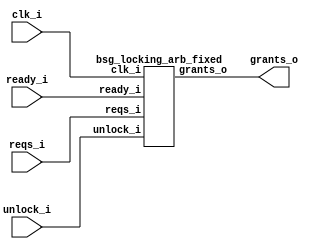


module top
(
  clk_i,
  ready_i,
  unlock_i,
  reqs_i,
  grants_o
);

  input [15:0] reqs_i;
  output [15:0] grants_o;
  input clk_i;
  input ready_i;
  input unlock_i;

  bsg_locking_arb_fixed
  wrapper
  (
    .reqs_i(reqs_i),
    .grants_o(grants_o),
    .clk_i(clk_i),
    .ready_i(ready_i),
    .unlock_i(unlock_i)
  );


endmodule



module bsg_dff_reset_en_width_p16
(
  clk_i,
  reset_i,
  en_i,
  data_i,
  data_o
);

  input [15:0] data_i;
  output [15:0] data_o;
  input clk_i;
  input reset_i;
  input en_i;
  wire N0,N1,N2,N3,N4,N5,N6,N7,N8,N9,N10,N11,N12,N13,N14,N15,N16,N17,N18,N19,N20,N21;
  reg [15:0] data_o;
  assign N3 = (N0)? 1'b1 : 
              (N21)? 1'b1 : 
              (N2)? 1'b0 : 1'b0;
  assign N0 = reset_i;
  assign { N19, N18, N17, N16, N15, N14, N13, N12, N11, N10, N9, N8, N7, N6, N5, N4 } = (N0)? { 1'b0, 1'b0, 1'b0, 1'b0, 1'b0, 1'b0, 1'b0, 1'b0, 1'b0, 1'b0, 1'b0, 1'b0, 1'b0, 1'b0, 1'b0, 1'b0 } : 
                                                                                        (N21)? data_i : 1'b0;
  assign N1 = en_i | reset_i;
  assign N2 = ~N1;
  assign N20 = ~reset_i;
  assign N21 = en_i & N20;

  always @(posedge clk_i) begin
    if(N3) begin
      { data_o[15:0] } <= { N19, N18, N17, N16, N15, N14, N13, N12, N11, N10, N9, N8, N7, N6, N5, N4 };
    end 
  end


endmodule



module bsg_scan_width_p16_or_p1_lo_to_hi_p0
(
  i,
  o
);

  input [15:0] i;
  output [15:0] o;
  wire [15:0] o;
  wire t_3__15_,t_3__14_,t_3__13_,t_3__12_,t_3__11_,t_3__10_,t_3__9_,t_3__8_,t_3__7_,
  t_3__6_,t_3__5_,t_3__4_,t_3__3_,t_3__2_,t_3__1_,t_3__0_,t_2__15_,t_2__14_,
  t_2__13_,t_2__12_,t_2__11_,t_2__10_,t_2__9_,t_2__8_,t_2__7_,t_2__6_,t_2__5_,t_2__4_,
  t_2__3_,t_2__2_,t_2__1_,t_2__0_,t_1__15_,t_1__14_,t_1__13_,t_1__12_,t_1__11_,
  t_1__10_,t_1__9_,t_1__8_,t_1__7_,t_1__6_,t_1__5_,t_1__4_,t_1__3_,t_1__2_,t_1__1_,
  t_1__0_;
  assign t_1__15_ = i[15] | 1'b0;
  assign t_1__14_ = i[14] | i[15];
  assign t_1__13_ = i[13] | i[14];
  assign t_1__12_ = i[12] | i[13];
  assign t_1__11_ = i[11] | i[12];
  assign t_1__10_ = i[10] | i[11];
  assign t_1__9_ = i[9] | i[10];
  assign t_1__8_ = i[8] | i[9];
  assign t_1__7_ = i[7] | i[8];
  assign t_1__6_ = i[6] | i[7];
  assign t_1__5_ = i[5] | i[6];
  assign t_1__4_ = i[4] | i[5];
  assign t_1__3_ = i[3] | i[4];
  assign t_1__2_ = i[2] | i[3];
  assign t_1__1_ = i[1] | i[2];
  assign t_1__0_ = i[0] | i[1];
  assign t_2__15_ = t_1__15_ | 1'b0;
  assign t_2__14_ = t_1__14_ | 1'b0;
  assign t_2__13_ = t_1__13_ | t_1__15_;
  assign t_2__12_ = t_1__12_ | t_1__14_;
  assign t_2__11_ = t_1__11_ | t_1__13_;
  assign t_2__10_ = t_1__10_ | t_1__12_;
  assign t_2__9_ = t_1__9_ | t_1__11_;
  assign t_2__8_ = t_1__8_ | t_1__10_;
  assign t_2__7_ = t_1__7_ | t_1__9_;
  assign t_2__6_ = t_1__6_ | t_1__8_;
  assign t_2__5_ = t_1__5_ | t_1__7_;
  assign t_2__4_ = t_1__4_ | t_1__6_;
  assign t_2__3_ = t_1__3_ | t_1__5_;
  assign t_2__2_ = t_1__2_ | t_1__4_;
  assign t_2__1_ = t_1__1_ | t_1__3_;
  assign t_2__0_ = t_1__0_ | t_1__2_;
  assign t_3__15_ = t_2__15_ | 1'b0;
  assign t_3__14_ = t_2__14_ | 1'b0;
  assign t_3__13_ = t_2__13_ | 1'b0;
  assign t_3__12_ = t_2__12_ | 1'b0;
  assign t_3__11_ = t_2__11_ | t_2__15_;
  assign t_3__10_ = t_2__10_ | t_2__14_;
  assign t_3__9_ = t_2__9_ | t_2__13_;
  assign t_3__8_ = t_2__8_ | t_2__12_;
  assign t_3__7_ = t_2__7_ | t_2__11_;
  assign t_3__6_ = t_2__6_ | t_2__10_;
  assign t_3__5_ = t_2__5_ | t_2__9_;
  assign t_3__4_ = t_2__4_ | t_2__8_;
  assign t_3__3_ = t_2__3_ | t_2__7_;
  assign t_3__2_ = t_2__2_ | t_2__6_;
  assign t_3__1_ = t_2__1_ | t_2__5_;
  assign t_3__0_ = t_2__0_ | t_2__4_;
  assign o[15] = t_3__15_ | 1'b0;
  assign o[14] = t_3__14_ | 1'b0;
  assign o[13] = t_3__13_ | 1'b0;
  assign o[12] = t_3__12_ | 1'b0;
  assign o[11] = t_3__11_ | 1'b0;
  assign o[10] = t_3__10_ | 1'b0;
  assign o[9] = t_3__9_ | 1'b0;
  assign o[8] = t_3__8_ | 1'b0;
  assign o[7] = t_3__7_ | t_3__15_;
  assign o[6] = t_3__6_ | t_3__14_;
  assign o[5] = t_3__5_ | t_3__13_;
  assign o[4] = t_3__4_ | t_3__12_;
  assign o[3] = t_3__3_ | t_3__11_;
  assign o[2] = t_3__2_ | t_3__10_;
  assign o[1] = t_3__1_ | t_3__9_;
  assign o[0] = t_3__0_ | t_3__8_;

endmodule



module bsg_priority_encode_one_hot_out_width_p16_lo_to_hi_p0
(
  i,
  o
);

  input [15:0] i;
  output [15:0] o;
  wire [15:0] o;
  wire N0,N1,N2,N3,N4,N5,N6,N7,N8,N9,N10,N11,N12,N13,N14;
  wire [14:0] scan_lo;

  bsg_scan_width_p16_or_p1_lo_to_hi_p0
  genblk1_scan
  (
    .i(i),
    .o({ o[15:15], scan_lo })
  );

  assign o[14] = scan_lo[14] & N0;
  assign N0 = ~o[15];
  assign o[13] = scan_lo[13] & N1;
  assign N1 = ~scan_lo[14];
  assign o[12] = scan_lo[12] & N2;
  assign N2 = ~scan_lo[13];
  assign o[11] = scan_lo[11] & N3;
  assign N3 = ~scan_lo[12];
  assign o[10] = scan_lo[10] & N4;
  assign N4 = ~scan_lo[11];
  assign o[9] = scan_lo[9] & N5;
  assign N5 = ~scan_lo[10];
  assign o[8] = scan_lo[8] & N6;
  assign N6 = ~scan_lo[9];
  assign o[7] = scan_lo[7] & N7;
  assign N7 = ~scan_lo[8];
  assign o[6] = scan_lo[6] & N8;
  assign N8 = ~scan_lo[7];
  assign o[5] = scan_lo[5] & N9;
  assign N9 = ~scan_lo[6];
  assign o[4] = scan_lo[4] & N10;
  assign N10 = ~scan_lo[5];
  assign o[3] = scan_lo[3] & N11;
  assign N11 = ~scan_lo[4];
  assign o[2] = scan_lo[2] & N12;
  assign N12 = ~scan_lo[3];
  assign o[1] = scan_lo[1] & N13;
  assign N13 = ~scan_lo[2];
  assign o[0] = scan_lo[0] & N14;
  assign N14 = ~scan_lo[1];

endmodule



module bsg_arb_fixed_inputs_p16_lo_to_hi_p0
(
  ready_i,
  reqs_i,
  grants_o
);

  input [15:0] reqs_i;
  output [15:0] grants_o;
  input ready_i;
  wire [15:0] grants_o,grants_unmasked_lo;

  bsg_priority_encode_one_hot_out_width_p16_lo_to_hi_p0
  enc
  (
    .i(reqs_i),
    .o(grants_unmasked_lo)
  );

  assign grants_o[15] = grants_unmasked_lo[15] & ready_i;
  assign grants_o[14] = grants_unmasked_lo[14] & ready_i;
  assign grants_o[13] = grants_unmasked_lo[13] & ready_i;
  assign grants_o[12] = grants_unmasked_lo[12] & ready_i;
  assign grants_o[11] = grants_unmasked_lo[11] & ready_i;
  assign grants_o[10] = grants_unmasked_lo[10] & ready_i;
  assign grants_o[9] = grants_unmasked_lo[9] & ready_i;
  assign grants_o[8] = grants_unmasked_lo[8] & ready_i;
  assign grants_o[7] = grants_unmasked_lo[7] & ready_i;
  assign grants_o[6] = grants_unmasked_lo[6] & ready_i;
  assign grants_o[5] = grants_unmasked_lo[5] & ready_i;
  assign grants_o[4] = grants_unmasked_lo[4] & ready_i;
  assign grants_o[3] = grants_unmasked_lo[3] & ready_i;
  assign grants_o[2] = grants_unmasked_lo[2] & ready_i;
  assign grants_o[1] = grants_unmasked_lo[1] & ready_i;
  assign grants_o[0] = grants_unmasked_lo[0] & ready_i;

endmodule



module bsg_locking_arb_fixed
(
  clk_i,
  ready_i,
  unlock_i,
  reqs_i,
  grants_o
);

  input [15:0] reqs_i;
  output [15:0] grants_o;
  input clk_i;
  input ready_i;
  input unlock_i;
  wire [15:0] grants_o,not_req_mask_r,req_mask_r;
  wire n_0_net_,n_1_net__15_,n_1_net__14_,n_1_net__13_,n_1_net__12_,n_1_net__11_,
  n_1_net__10_,n_1_net__9_,n_1_net__8_,n_1_net__7_,n_1_net__6_,n_1_net__5_,n_1_net__4_,
  n_1_net__3_,n_1_net__2_,n_1_net__1_,n_1_net__0_,n_2_net__15_,n_2_net__14_,
  n_2_net__13_,n_2_net__12_,n_2_net__11_,n_2_net__10_,n_2_net__9_,n_2_net__8_,
  n_2_net__7_,n_2_net__6_,n_2_net__5_,n_2_net__4_,n_2_net__3_,n_2_net__2_,n_2_net__1_,
  n_2_net__0_,N0,N1,N2,N3,N4,N5,N6,N7,N8,N9,N10,N11,N12,N13,N14,N15,N16,N17,N18,N19,N20,
  N21,N22,N23,N24,N25,N26,N27,N28,N29;

  bsg_dff_reset_en_width_p16
  req_words_reg
  (
    .clk_i(clk_i),
    .reset_i(unlock_i),
    .en_i(n_0_net_),
    .data_i({ n_1_net__15_, n_1_net__14_, n_1_net__13_, n_1_net__12_, n_1_net__11_, n_1_net__10_, n_1_net__9_, n_1_net__8_, n_1_net__7_, n_1_net__6_, n_1_net__5_, n_1_net__4_, n_1_net__3_, n_1_net__2_, n_1_net__1_, n_1_net__0_ }),
    .data_o(not_req_mask_r)
  );


  bsg_arb_fixed_inputs_p16_lo_to_hi_p0
  fixed_arb
  (
    .ready_i(ready_i),
    .reqs_i({ n_2_net__15_, n_2_net__14_, n_2_net__13_, n_2_net__12_, n_2_net__11_, n_2_net__10_, n_2_net__9_, n_2_net__8_, n_2_net__7_, n_2_net__6_, n_2_net__5_, n_2_net__4_, n_2_net__3_, n_2_net__2_, n_2_net__1_, n_2_net__0_ }),
    .grants_o(grants_o)
  );

  assign n_1_net__15_ = ~grants_o[15];
  assign n_1_net__14_ = ~grants_o[14];
  assign n_1_net__13_ = ~grants_o[13];
  assign n_1_net__12_ = ~grants_o[12];
  assign n_1_net__11_ = ~grants_o[11];
  assign n_1_net__10_ = ~grants_o[10];
  assign n_1_net__9_ = ~grants_o[9];
  assign n_1_net__8_ = ~grants_o[8];
  assign n_1_net__7_ = ~grants_o[7];
  assign n_1_net__6_ = ~grants_o[6];
  assign n_1_net__5_ = ~grants_o[5];
  assign n_1_net__4_ = ~grants_o[4];
  assign n_1_net__3_ = ~grants_o[3];
  assign n_1_net__2_ = ~grants_o[2];
  assign n_1_net__1_ = ~grants_o[1];
  assign n_1_net__0_ = ~grants_o[0];
  assign n_0_net_ = N14 & N29;
  assign N14 = N13 & req_mask_r[0];
  assign N13 = N12 & req_mask_r[1];
  assign N12 = N11 & req_mask_r[2];
  assign N11 = N10 & req_mask_r[3];
  assign N10 = N9 & req_mask_r[4];
  assign N9 = N8 & req_mask_r[5];
  assign N8 = N7 & req_mask_r[6];
  assign N7 = N6 & req_mask_r[7];
  assign N6 = N5 & req_mask_r[8];
  assign N5 = N4 & req_mask_r[9];
  assign N4 = N3 & req_mask_r[10];
  assign N3 = N2 & req_mask_r[11];
  assign N2 = N1 & req_mask_r[12];
  assign N1 = N0 & req_mask_r[13];
  assign N0 = req_mask_r[15] & req_mask_r[14];
  assign N29 = N28 | grants_o[0];
  assign N28 = N27 | grants_o[1];
  assign N27 = N26 | grants_o[2];
  assign N26 = N25 | grants_o[3];
  assign N25 = N24 | grants_o[4];
  assign N24 = N23 | grants_o[5];
  assign N23 = N22 | grants_o[6];
  assign N22 = N21 | grants_o[7];
  assign N21 = N20 | grants_o[8];
  assign N20 = N19 | grants_o[9];
  assign N19 = N18 | grants_o[10];
  assign N18 = N17 | grants_o[11];
  assign N17 = N16 | grants_o[12];
  assign N16 = N15 | grants_o[13];
  assign N15 = grants_o[15] | grants_o[14];
  assign req_mask_r[15] = ~not_req_mask_r[15];
  assign req_mask_r[14] = ~not_req_mask_r[14];
  assign req_mask_r[13] = ~not_req_mask_r[13];
  assign req_mask_r[12] = ~not_req_mask_r[12];
  assign req_mask_r[11] = ~not_req_mask_r[11];
  assign req_mask_r[10] = ~not_req_mask_r[10];
  assign req_mask_r[9] = ~not_req_mask_r[9];
  assign req_mask_r[8] = ~not_req_mask_r[8];
  assign req_mask_r[7] = ~not_req_mask_r[7];
  assign req_mask_r[6] = ~not_req_mask_r[6];
  assign req_mask_r[5] = ~not_req_mask_r[5];
  assign req_mask_r[4] = ~not_req_mask_r[4];
  assign req_mask_r[3] = ~not_req_mask_r[3];
  assign req_mask_r[2] = ~not_req_mask_r[2];
  assign req_mask_r[1] = ~not_req_mask_r[1];
  assign req_mask_r[0] = ~not_req_mask_r[0];
  assign n_2_net__15_ = reqs_i[15] & req_mask_r[15];
  assign n_2_net__14_ = reqs_i[14] & req_mask_r[14];
  assign n_2_net__13_ = reqs_i[13] & req_mask_r[13];
  assign n_2_net__12_ = reqs_i[12] & req_mask_r[12];
  assign n_2_net__11_ = reqs_i[11] & req_mask_r[11];
  assign n_2_net__10_ = reqs_i[10] & req_mask_r[10];
  assign n_2_net__9_ = reqs_i[9] & req_mask_r[9];
  assign n_2_net__8_ = reqs_i[8] & req_mask_r[8];
  assign n_2_net__7_ = reqs_i[7] & req_mask_r[7];
  assign n_2_net__6_ = reqs_i[6] & req_mask_r[6];
  assign n_2_net__5_ = reqs_i[5] & req_mask_r[5];
  assign n_2_net__4_ = reqs_i[4] & req_mask_r[4];
  assign n_2_net__3_ = reqs_i[3] & req_mask_r[3];
  assign n_2_net__2_ = reqs_i[2] & req_mask_r[2];
  assign n_2_net__1_ = reqs_i[1] & req_mask_r[1];
  assign n_2_net__0_ = reqs_i[0] & req_mask_r[0];

endmodule